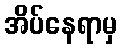
အိပ်နေရာမှ